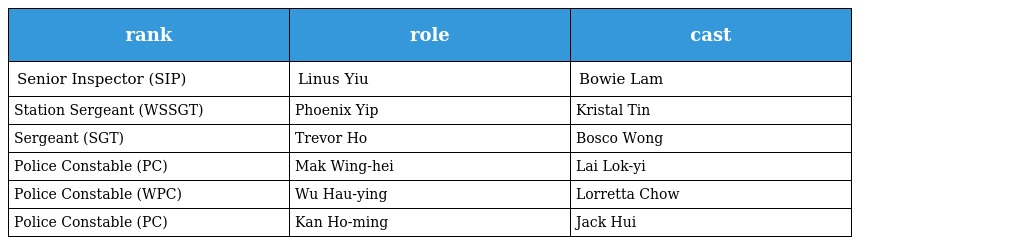
| rank | role | cast |
 | --- | --- | --- |
 | Senior Inspector (SIP) | Linus Yiu | Bowie Lam |
 | Station Sergeant (WSSGT) | Phoenix Yip | Kristal Tin |
 | Sergeant (SGT) | Trevor Ho | Bosco Wong |
 | Police Constable (PC) | Mak Wing-hei | Lai Lok-yi |
 | Police Constable (WPC) | Wu Hau-ying | Lorretta Chow |
 | Police Constable (PC) | Kan Ho-ming | Jack Hui |